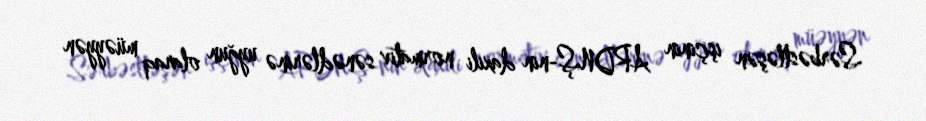
Sərbəstləşən işçinin ARDNŞ-nin daxili normativ sənədlərinə uyğun olaraq müəyyən